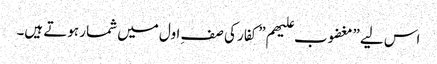
اس لیے ”مغضوب علیھم” کفار کی صفِ اول میں شمار ہوتے ہیں۔